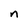
Character: n